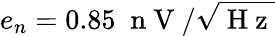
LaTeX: e_{n}=0.85\; \mathrm{~n~V~}/\sqrt{\mathrm{~H~z~}}